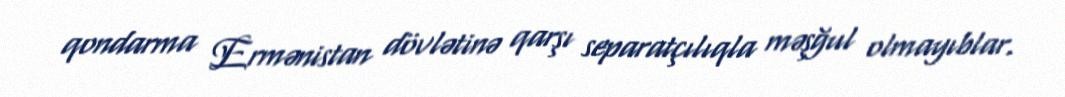
qondarma Ermənistan dövlətinə qarşı separatçılıqla məşğul olmayıblar.